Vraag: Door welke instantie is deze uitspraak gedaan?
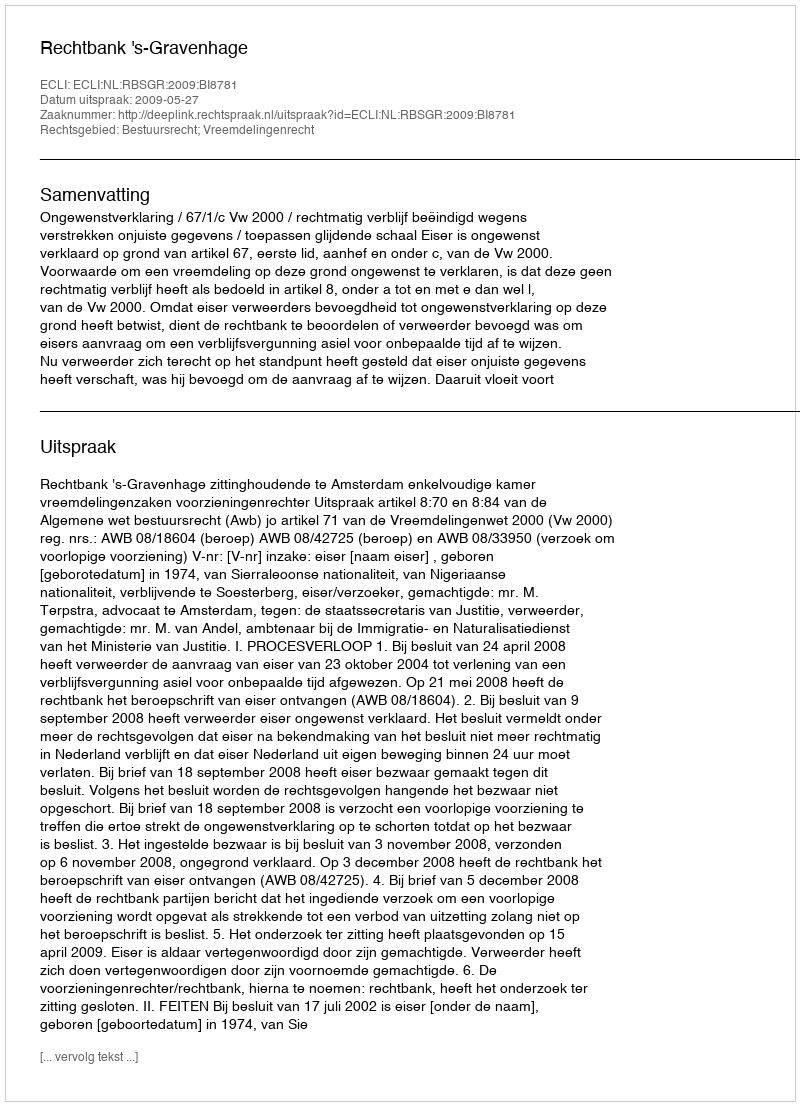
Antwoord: Rechtbank 's-Gravenhage